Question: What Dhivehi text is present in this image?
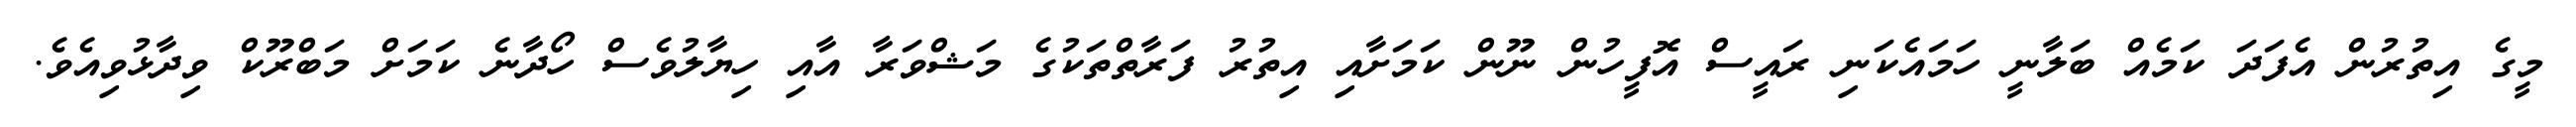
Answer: މީގެ އިތުރުން އެފަދަ ކަމެއް ބަލާނީ ހަމައެކަނި ރައީސް އޮފީހުން ނޫން ކަމަށާއި އިތުރު ފަރާތްތަކުގެ މަޝްވަރާ އާއި ހިޔާލުވެސް ހޯދާނެ ކަމަށް މަބްރޫކް ވިދާޅުވިއެވެ.